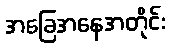
အခြေအနေအတိုင်း